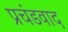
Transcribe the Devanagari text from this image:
प्रचंडवाद